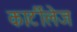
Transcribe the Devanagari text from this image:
कार्टीलेज